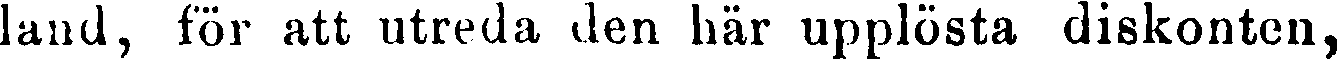
land, för att utreda den här upplösta diskonten,